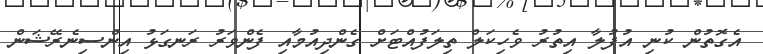
އެގޮތުން ކުނި އުފުލާ އިތުރު ވެހިކަލް ތިލަފުއްޓަށް ގެންދިއުމާއި ފެންވަރު ރަނގަޅު އިންސިނެރޭޝަން